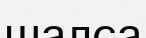
шалса